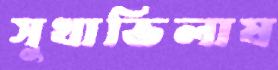
সুখাভিলাষ